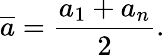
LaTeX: {\overline{{a}}}={\frac{a_{1}+a_{n}}{2}}.